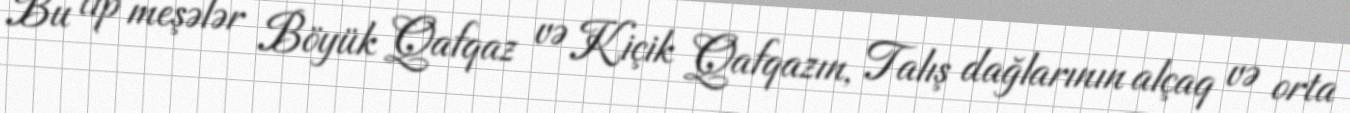
Bu tip meşələr Böyük Qafqaz və Kiçik Qafqazın, Talış dağlarının alçaq və orta